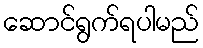
ဆောင်ရွက်ရပါမည်